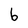
Character: b